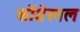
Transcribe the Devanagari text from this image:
कोंग्रेस्नल